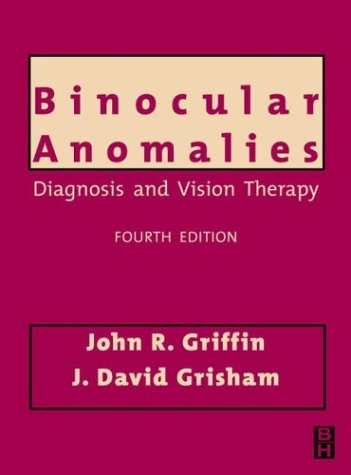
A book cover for Binocular Anomalies: Diagnosis and Vision Therapy, 4e; John R. Griffin MOpt  OD  MSEd; Medical Books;